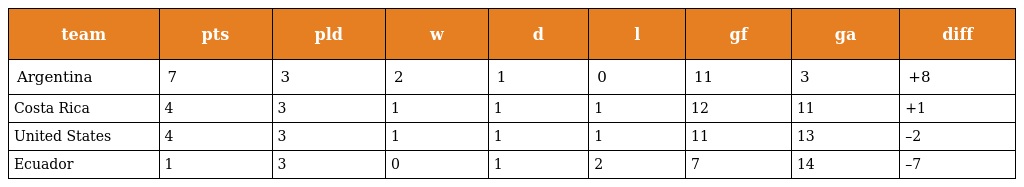
| team | pts | pld | w | d | l | gf | ga | diff |
 | --- | --- | --- | --- | --- | --- | --- | --- | --- |
 | Argentina | 7 | 3 | 2 | 1 | 0 | 11 | 3 | +8 |
 | Costa Rica | 4 | 3 | 1 | 1 | 1 | 12 | 11 | +1 |
 | United States | 4 | 3 | 1 | 1 | 1 | 11 | 13 | –2 |
 | Ecuador | 1 | 3 | 0 | 1 | 2 | 7 | 14 | –7 |